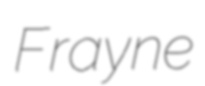
Frayne